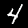
Digit: 4